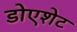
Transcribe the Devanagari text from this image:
डोएशेट